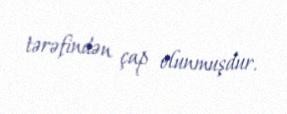
tərəfindən çap olunmuşdur.